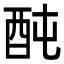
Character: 䣩